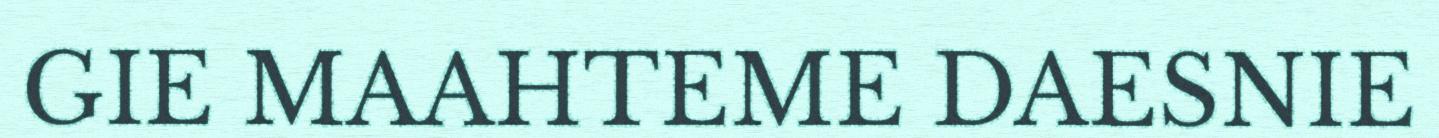
GIE MAAHTEME DAESNIE